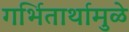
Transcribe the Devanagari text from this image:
गर्भितार्थामुळे